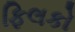
ફિલકો